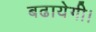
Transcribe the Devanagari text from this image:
बढायेगी।